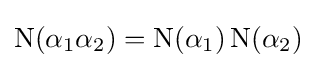
\operatorname {N} (\alpha _{1}\alpha _{2})=\mathrm {N} (\alpha _{1})~\!\mathrm {N} (\alpha _{2})